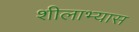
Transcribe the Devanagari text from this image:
शीलाभ्यास